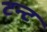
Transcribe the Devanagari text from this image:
टन्ट